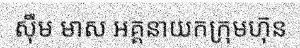
ស៊ឹម មាស អគ្គនាយកក្រុមហុ៑ន